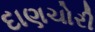
દાણચોરી